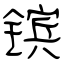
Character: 镔